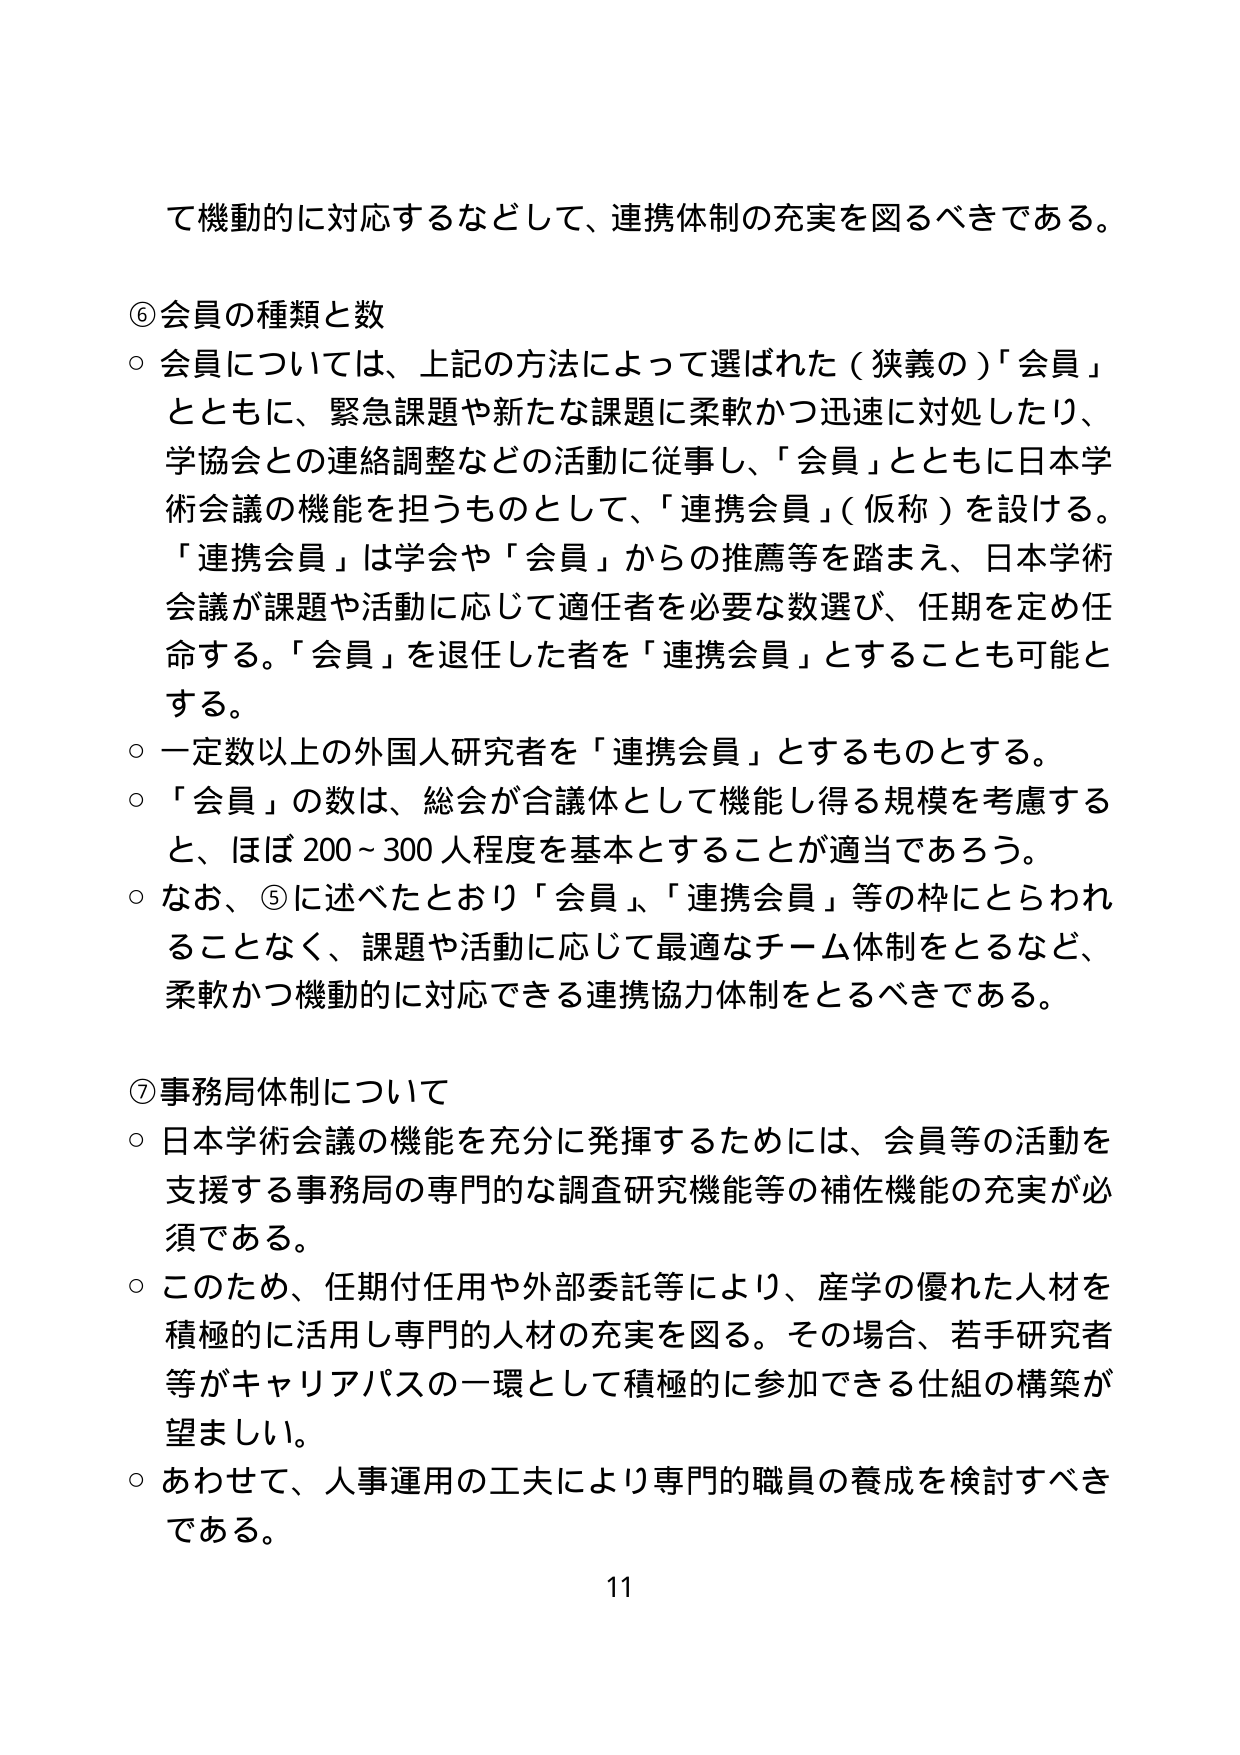
て機動的に対応するなどして、連携体制の充実を図るべきである。

⑥会員の種類と数
○ 会員については、上記の方法によって選ばれた（狭義の）「会員」とともに、緊急課題や新たな課題に柔軟かつ迅速に対処したり、学協会との連絡調整などの活動に従事し、「会員」とともに日本学術会議の機能を担うものとして、「連携会員」（仮称）を設ける。「連携会員」は学会や「会員」からの推薦等を踏まえ、日本学術会議が課題や活動に応じて適任者を必要な数選び、任期を定め任命する。「会員」を退任した者を「連携会員」とすることも可能とする。
○ 一定数以上の外国人研究者を「連携会員」とするものとする。
○ 「会員」の数は、総会が合議体として機能し得る規模を考慮すると、ほぼ200～300人程度を基本とすることが適当であろう。
○ なお、⑤に述べたとおり「会員」、「連携会員」等の枠にとらわれることなく、課題や活動に応じて最適なチーム体制をとるなど、柔軟かつ機動的に対応できる連携協力体制をとるべきである。

⑦事務局体制について
○ 日本学術会議の機能を充分に発揮するためには、会員等の活動を支援する事務局の専門的な調査研究機能等の補佐機能の充実が必須である。
○ このため、任期付任用や外部委託等により、産学の優れた人材を積極的に活用し専門的人材の充実を図る。その場合、若手研究者等がキャリアパスの一環として積極的に参加できる仕組の構築が望ましい。
○ あわせて、人事運用の工夫により専門的職員の養成を検討すべきである。

11